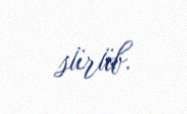
sürüb.